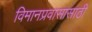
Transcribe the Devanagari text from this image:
विमानप्रवासासाठी